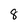
Character: 8